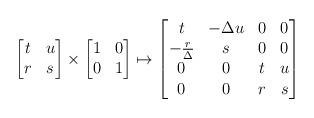
LaTeX: \begin{align*} \begin{bmatrix} t&u\\r&s\end{bmatrix}\times \begin{bmatrix} 1&0\\0&1 \end{bmatrix} \mapsto \begin{bmatrix} t & -\Delta u&0&0 \\ -\frac{r}{\Delta}&s&0&0\\0&0&t&u\\ 0&0&r&s\end{bmatrix}\end{align*}